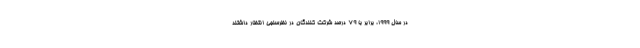
در سال 1999، برابر با 79 درصد شرکت کنندگان در نظرسنجی انتظار داشتند